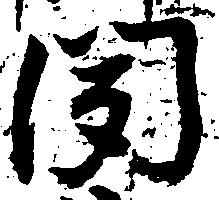
聞